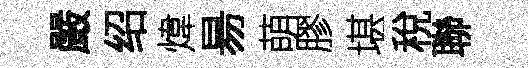
嚴绍煒昜萌膠堪稅聯